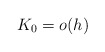
\begin{align*}K_0=o(h)\end{align*}